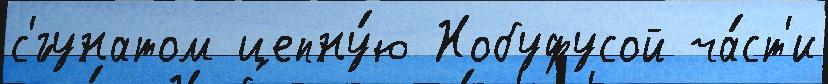
с'́гунатом цепну́ю Нобуфусой ча́ст'и